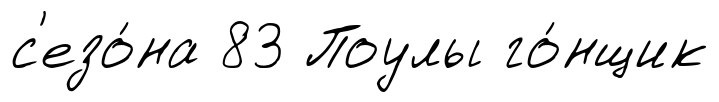
с'езо́на 83 Поулы го́нщик